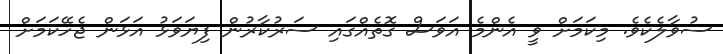
ސުވާލެކެވެ. މިކަމަށް ވީ އެންމެ އަވަސް ގޮތެއްގައި ސަރުކާރުން ފިޔަވަޅު އަޅަން ޖެހޭކަމަަށް